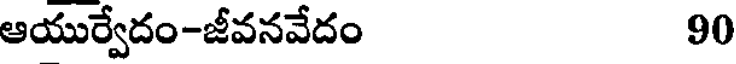
ఆయుర్వేదం-జీవనవేదం 90